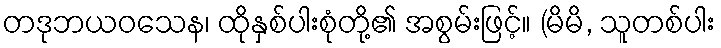
တဒုဘယဝသေန၊ ထိုနှစ်ပါးစုံတို့၏ အစွမ်းဖြင့်။ (မိမိ, သူတစ်ပါး